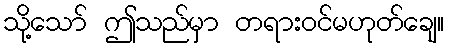
သို့သော် ဤသည်မှာ တရားဝင်မဟုတ်ချေ။